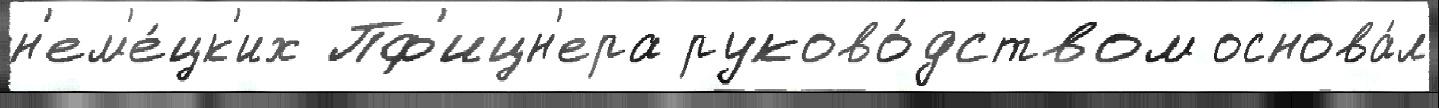
н'ем'е́цк'их Пф'ицн'ера руково́дством основа́л